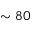
\sim 8 0